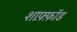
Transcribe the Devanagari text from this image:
शाफ़्फ़ॉड